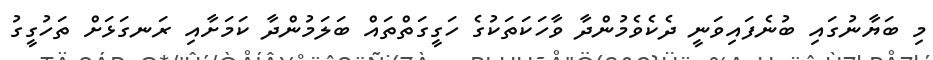
މި ބަޔާނުގައި ބުނެފައިވަނީ ދެކެވެމުންދާ ވާހަކަތަކުގެ ހަގީގަތްތައް ބަލަމުންދާ ކަމަށާއި ރަނގަޅަށް ތަހުގީގު